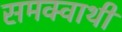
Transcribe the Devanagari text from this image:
समक्वाथी